Report on lock hospitals in British Burma
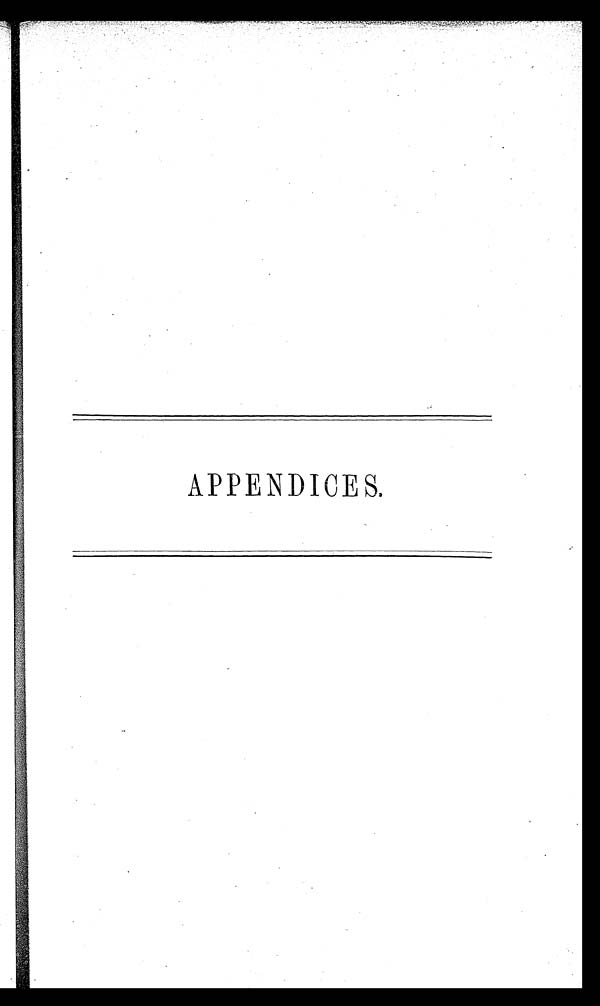
APPENDICES.